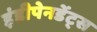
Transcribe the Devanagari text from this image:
इंडीपेनडेंट्स